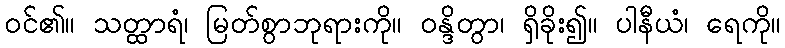
ဝင်၏။ သတ္ထာရံ၊ မြတ်စွာဘုရားကို။ ဝန္ဒိတွာ၊ ရှိခိုး၍။ ပါနီယံ၊ ရေကို။